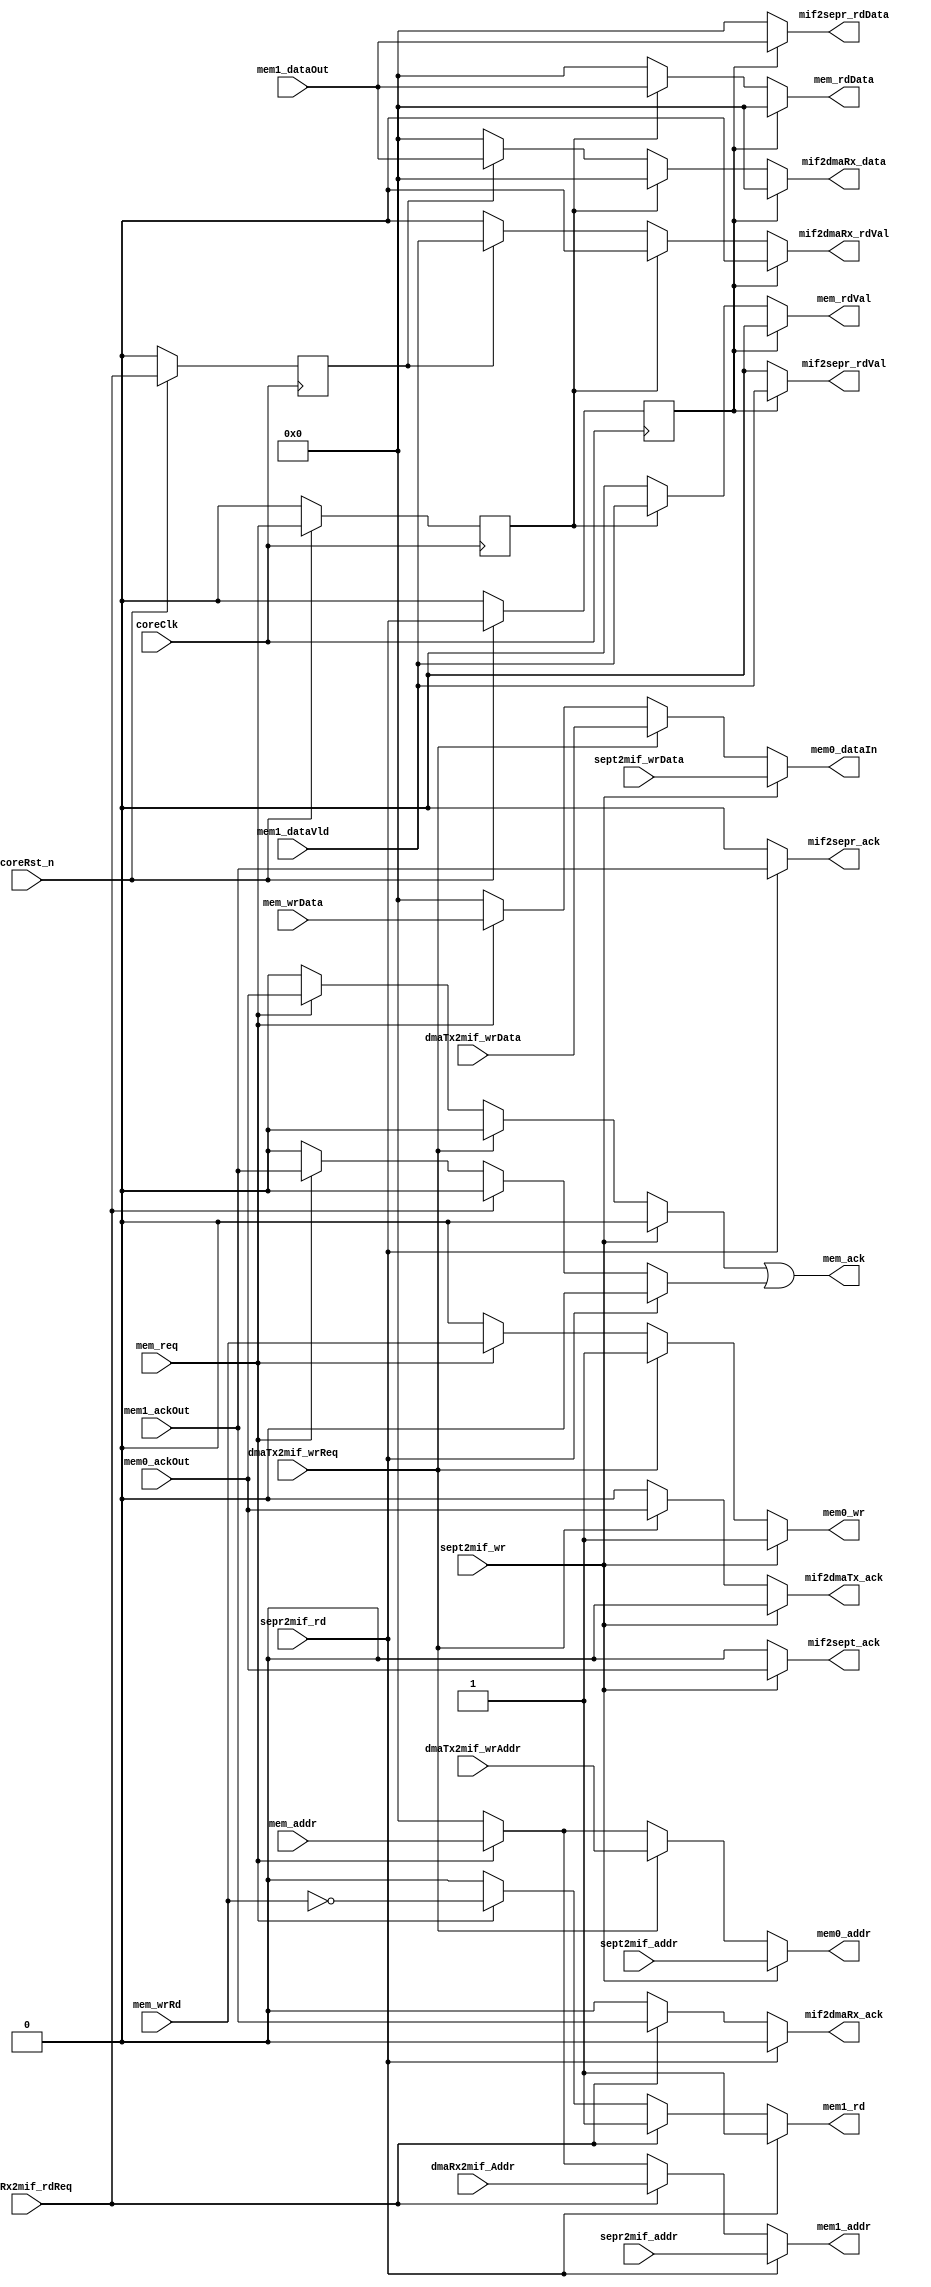
`timescale 1ns / 1ps
//-------------------------------------------------------------------
// Copyright  2013 TECHVULCAN, Inc. All rights reserved.		   
// TechVulcan Confidential and Proprietary
// Not to be used, copied reproduced in whole or in part, nor	   
// its contents							   
// revealed in any manner to others without the express written	   
// permission	of TechVulcan 					   
// Licensed Material.						   
// Program Property of TECHVULCAN Incorporated.	
// ------------------------------------------------------------------
// AUTHOR EMAIL	: lalit.kumar@techvulcan.com
// VERSION        : 0.1
//-------------------------------------------------------------------

   module uctl_sysCmdMemRW#(
      parameter   DATA_SIZE = 32,
                  ADDR_SIZE = 32
      )(
    input wire                      coreRst_n             ,
    input wire                      coreClk               ,
   //----------------------------------------------
   //cmd2-memory interface
   //----------------------------------------------
   input wire                       mem_req               ,        
   input wire                       mem_wrRd              ,
   input wire  [ADDR_SIZE-1 :0]     mem_addr              ,                          
   input wire  [DATA_SIZE-1 :0]     mem_wrData            ,
   output wire                      mem_ack               ,
   output reg                       mem_rdVal             ,
   output  reg [DATA_SIZE-1 :0]     mem_rdData            ,
   // ---------------------------------------------------
   //  sepr Interface
   // ---------------------------------------------------
   output reg [DATA_SIZE-1  :0]     mif2sepr_rdData       ,// Read data from memory
   output reg		                  mif2sepr_ack          ,// Ready signal from memory
   output reg                       mif2sepr_rdVal        , 
   input wire [ADDR_SIZE-1  :0]     sepr2mif_addr         ,// Address of the memory location in local buffer
   input wire	       	            sepr2mif_rd           ,// Read request to memory

   //-----------------------------------------------
   // sept Interface
   //-----------------------------------------------   
   output reg                       mif2sept_ack           ,// ack signal for the sys endpoint controller
   input wire                       sept2mif_wr            ,//write enable
   input wire  [ADDR_SIZE -1:0]     sept2mif_addr          ,// address of the memory location in thlocal buffer
   input wire  [DATA_SIZE -1:0]     sept2mif_wrData        ,// write data
   //-----------------------------------------------------------
   // Local Memory Tx Interface         -- mif
   //-----------------------------------------------------------
   output  reg                      mif2dmaTx_ack          ,// ack from local buffer
   input wire  [ADDR_SIZE -1:0]     dmaTx2mif_wrAddr       ,// write address of memory location in local buffer
   input wire                       dmaTx2mif_wrReq        ,// write request from dma to local buffer
   input wire [DATA_SIZE -1:0]      dmaTx2mif_wrData       ,// write data to local buffer

   //---------------------------------------------------------------
   // Local Memory Rx Interface               -- memrif
   //---------------------------------------------------------------
   output  reg [DATA_SIZE -1:0]     mif2dmaRx_data         ,// read data from local buffer
   output  reg                      mif2dmaRx_ack          ,// acknowledgmnt from local buffer when valid data received
   output  reg                      mif2dmaRx_rdVal        ,// data valid signal from local memory
   input wire [ADDR_SIZE -1:0]      dmaRx2mif_Addr         ,// Read address of memory location in local buffer
   input wire                       dmaRx2mif_rdReq        ,// Read request from dmaRx to local buffer
    
   //---------------------------------------------------------------
   //memory0 signals
   //---------------------------------------------------------------
   output  reg [ADDR_SIZE -1:0]     mem0_addr              ,       
   output  reg [DATA_SIZE -1:0]     mem0_dataIn            ,
   input wire                       mem0_ackOut            , 
   output  reg                      mem0_wr                , 
   //output  reg                      mem0_rd                , 
   //---------------------------------------------------------------
   //memory1 signals
   //---------------------------------------------------------------
   output  reg [ADDR_SIZE -1:0]     mem1_addr              ,       
   input wire                       mem1_ackOut            , 
   //output  reg                      mem1_wr                , 
   output  reg                      mem1_rd                , 
   input wire  [DATA_SIZE -1:0]     mem1_dataOut           ,
   input wire                       mem1_dataVld         
  );

   reg         mem0_ack          ,
               mem1_ack          ,
               mem_req_r         ,          
               dmaRx2mif_rdReq_r ,
               sepr2mif_rd_r     ; 


   assign mem_ack  = mem0_ack | mem1_ack;                            
   
   always @(*) begin
      if(sepr2mif_rd_r) begin
         mif2sepr_rdVal    = mem1_dataVld     ;
         mif2dmaRx_rdVal   = 1'b0             ;
         mem_rdVal         = 1'b0             ;
         mif2sepr_rdData   = mem1_dataOut      ;   
         mem_rdData        = {DATA_SIZE{1'b0}};       
         mif2dmaRx_data    = {DATA_SIZE{1'b0}};          
      end
      else if(mem_req_r ) begin 
         mif2sepr_rdVal     = 1'b0            ;
         mif2dmaRx_rdVal   = 1'b0             ;
        mif2sepr_rdData    = {DATA_SIZE{1'b0}};      
         mem_rdVal         = mem1_dataVld     ;
         mem_rdData         = mem1_dataOut     ;
         mif2dmaRx_data    = {DATA_SIZE{1'b0}};          
      end
      else if(dmaRx2mif_rdReq_r ) begin 
         mif2sepr_rdVal     = 1'b0            ;
         mif2sepr_rdData    = {DATA_SIZE{1'b0}};      
         mif2dmaRx_rdVal   = mem1_dataVld     ;
         mem_rdVal         = 1'b0             ; 
         mif2dmaRx_data    = mem1_dataOut     ;    
         mem_rdData        = {DATA_SIZE{1'b0}};      
      end
      else  begin 
         mif2sepr_rdVal     = 1'b0            ;
         mif2dmaRx_rdVal   = 1'b0             ;
         mem_rdVal         = 1'b0             ; 
         mem_rdData        = {DATA_SIZE{1'b0}};   
        mif2sepr_rdData    = {DATA_SIZE{1'b0}};      
         mif2dmaRx_data    = {DATA_SIZE{1'b0}};          
    end
  end

   always @(posedge  coreClk) begin
      if(!coreRst_n) begin 
         mem_req_r         <= 1'b0  ;         
         sepr2mif_rd_r     <= 1'b0  ;
         dmaRx2mif_rdReq_r <= 1'b0  ;
      end
      else begin 
         mem_req_r         <= mem_req		;
         sepr2mif_rd_r     <= sepr2mif_rd	;
         dmaRx2mif_rdReq_r <= dmaRx2mif_rdReq;
      end
   end
   
   always @(*) begin
      if(sept2mif_wr) begin
         mem0_addr         = sept2mif_addr    ;      
         mem0_dataIn       = sept2mif_wrData  ;      
         mif2sept_ack      = mem0_ackOut      ;      
         mem0_wr           = 1'b1             ;      
         mif2dmaTx_ack       = 1'b0             ;
         mem0_ack           = 1'b0             ;
      end
      else if(dmaTx2mif_wrReq  ) begin
         mem0_addr         = dmaTx2mif_wrAddr ;      
         mem0_dataIn       = dmaTx2mif_wrData ;      
         mif2sept_ack      = 1'b0             ; 
         mif2dmaTx_ack     = mem0_ackOut      ;      
         mem0_wr           = 1'b1             ;      
        mem0_ack           = 1'b0             ;
      end
      else if(mem_req) begin
        mem0_addr          = mem_addr         ;
        mem0_dataIn        = mem_wrData       ;
        mem0_ack           = mem0_ackOut      ;
        mem0_wr            = mem_wrRd         ;      
        mif2sept_ack        = 1'b0             ; 
        mif2dmaTx_ack       = 1'b0             ;
      end
      else begin
        mem0_addr          = {ADDR_SIZE{1'b0}};       
        mem0_dataIn        = {DATA_SIZE{1'b0}};
        mem0_ack           = 1'b0             ;
        mem0_wr            = 1'b0             ;
        mif2sept_ack        = 1'b0             ; 
        mif2dmaTx_ack       = 1'b0             ;
      end
   end

   

   always @(*) begin
      if(sepr2mif_rd) begin
         mem1_addr         = sepr2mif_addr    ;      
         mif2sepr_ack      = mem1_ackOut      ;      
         mem1_rd           = 1'b1             ;
         mif2dmaRx_ack     = 1'b0             ;
         mem1_ack           = 1'b0             ;
      end
     else if(dmaRx2mif_rdReq) begin
         mem1_addr         = dmaRx2mif_Addr   ;      
         mif2dmaRx_ack     = mem1_ackOut      ;      
         mem1_rd           = 1'b1             ;
        mif2sepr_ack       = 1'b0             ;
        mem1_ack           = 1'b0             ;
      end
     else if(mem_req) begin
        mem1_addr          = mem_addr        ;
        mem1_ack           = mem1_ackOut      ;
        mem1_rd            = ~mem_wrRd        ;
        mif2sepr_ack       = 1'b0             ;
         mif2dmaRx_ack     = 1'b0             ;
		end
      else begin
        mem1_addr          = {ADDR_SIZE{1'b0}};       
        mif2sepr_ack       = 1'b0             ;
        mem1_rd            = 1'b0             ;
        mif2dmaRx_ack     = 1'b0             ;
        mem1_ack           = 1'b0             ;
      end
   end    

endmodule